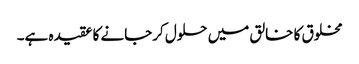
مخلوق کا خالق میں حلول کرجانے کا عقیدہ ہے۔